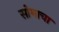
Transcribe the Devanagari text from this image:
सोमाचा